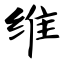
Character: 维